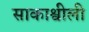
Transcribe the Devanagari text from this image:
साकाश्वीली